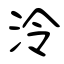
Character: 泠